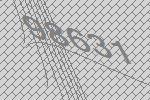
98631